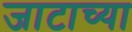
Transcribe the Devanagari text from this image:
जाटाच्या